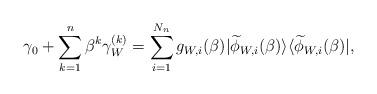
LaTeX: \begin{align*}\gamma_0 + \sum_{k=1}^n \beta^k \gamma_W^{(k)} = \sum_{i=1}^{N_n} g_{W,i}(\beta) |\widetilde\phi_{W,i}(\beta)\rangle\langle\widetilde\phi_{W,i}(\beta)|,\end{align*}